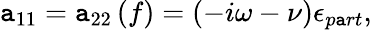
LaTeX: \mathtt{a}_{11}=\mathtt{a}_{22}\left(f\right)=\left(-i\omega-\nu\right)\epsilon_{p\mathtt{a}rt},